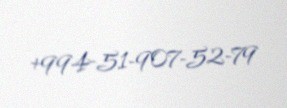
+994-51-907-52-79